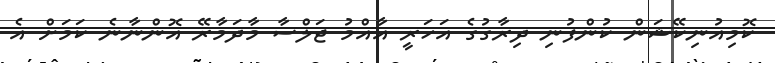
ކޮމިއުނިކޭޝަން ކުންފުނި ދިރާގުގެ އަހަރީ އާއްމު ޖަލްސާ މާދަމާރޭ އޮންނާނެ ކަމަށް އެ